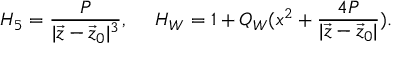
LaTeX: H _ { 5 } = { \frac { P } { | \vec { z } - \vec { z } _ { 0 } | ^ { 3 } } } , \ \ \ \ H _ { W } = 1 + Q _ { W } ( x ^ { 2 } + { \frac { 4 P } { | \vec { z } - \vec { z } _ { 0 } | } } ) .